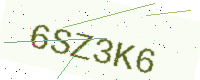
Text: 6SZ3K6